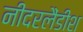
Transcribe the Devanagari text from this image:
नीदरलैंडीश